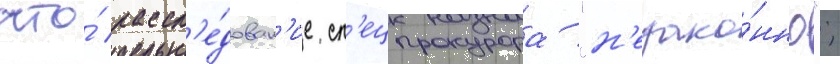
что́ рассл'е́дован'ие сп'ецпрокурора "н'езако́нно";